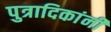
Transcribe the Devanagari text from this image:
पुत्रादिकांनीं